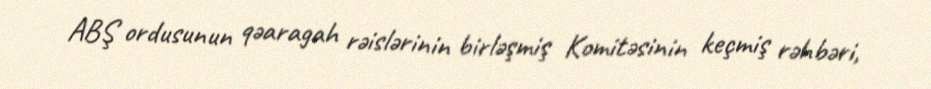
ABŞ ordusunun qəaragah rəislərinin birləşmiş Komitəsinin keçmiş rəhbəri,